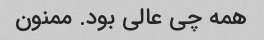
همه چی عالی بود. ممنون